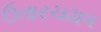
ઉતારચઢાવ